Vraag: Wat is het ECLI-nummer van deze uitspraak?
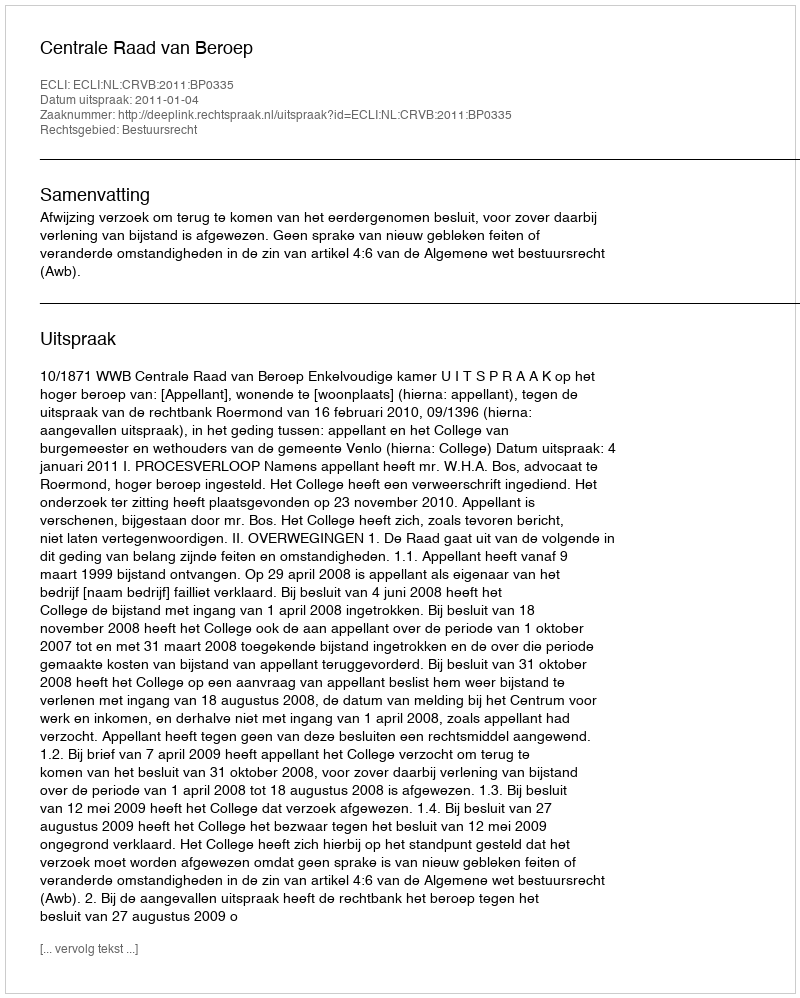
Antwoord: ECLI:NL:CRVB:2011:BP0335